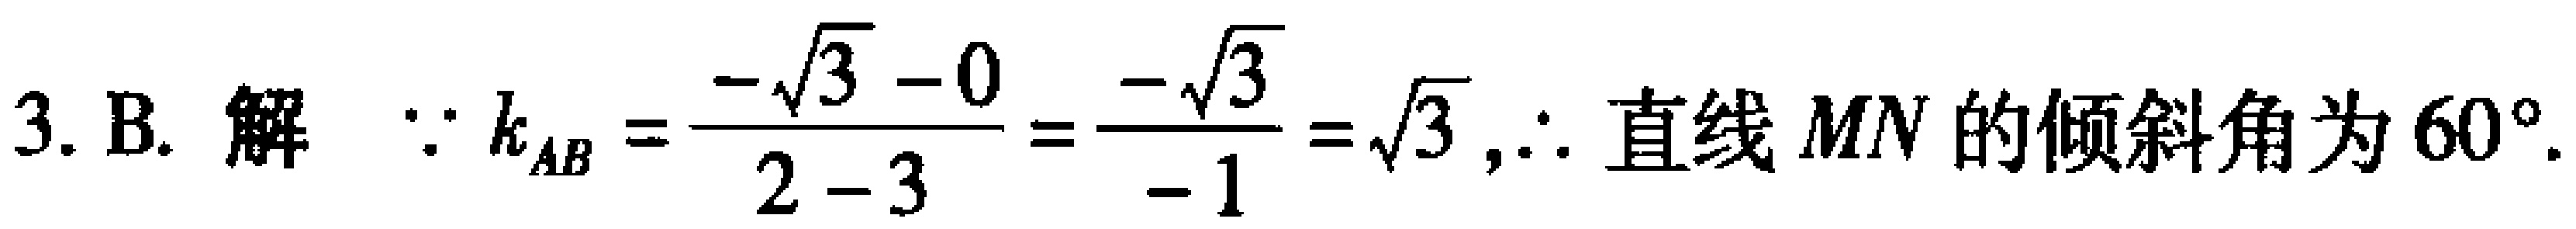
3. B. 解 $\because k_{AB}=\frac{-\sqrt{3}-0}{2 - 3}=\frac{-\sqrt{3}}{-1}=\sqrt{3},\therefore$ 直线 $MN$ 的倾斜角为 $60^{\circ}$.